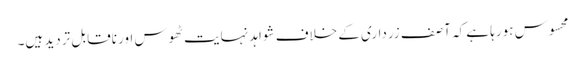
محسوس ہورہا ہے کہ آصف زرداری کے خلاف شواہد نہایت ٹھوس اور ناقابل تردید ہیں۔